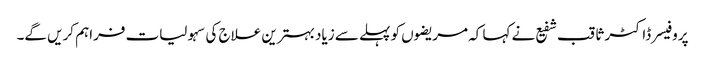
پروفیسر ڈاکٹر ثاقب شفیع نے کہا کہ مریضوں کو پہلے سے زیاد بہترین علاج کی سہولیات فراہم کریں گے۔